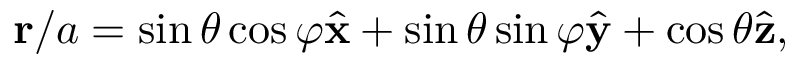
\begin{array} { r } { \mathbf { r } / a = \sin \theta \cos \varphi \hat { \mathbf { x } } + \sin \theta \sin \varphi \hat { \mathbf { y } } + \cos \theta \hat { \mathbf { z } } , } \end{array}